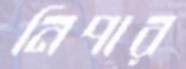
নিপার